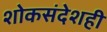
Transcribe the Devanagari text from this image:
शोकसंदेशही